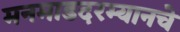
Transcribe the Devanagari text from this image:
मनमाडदरम्यानचे